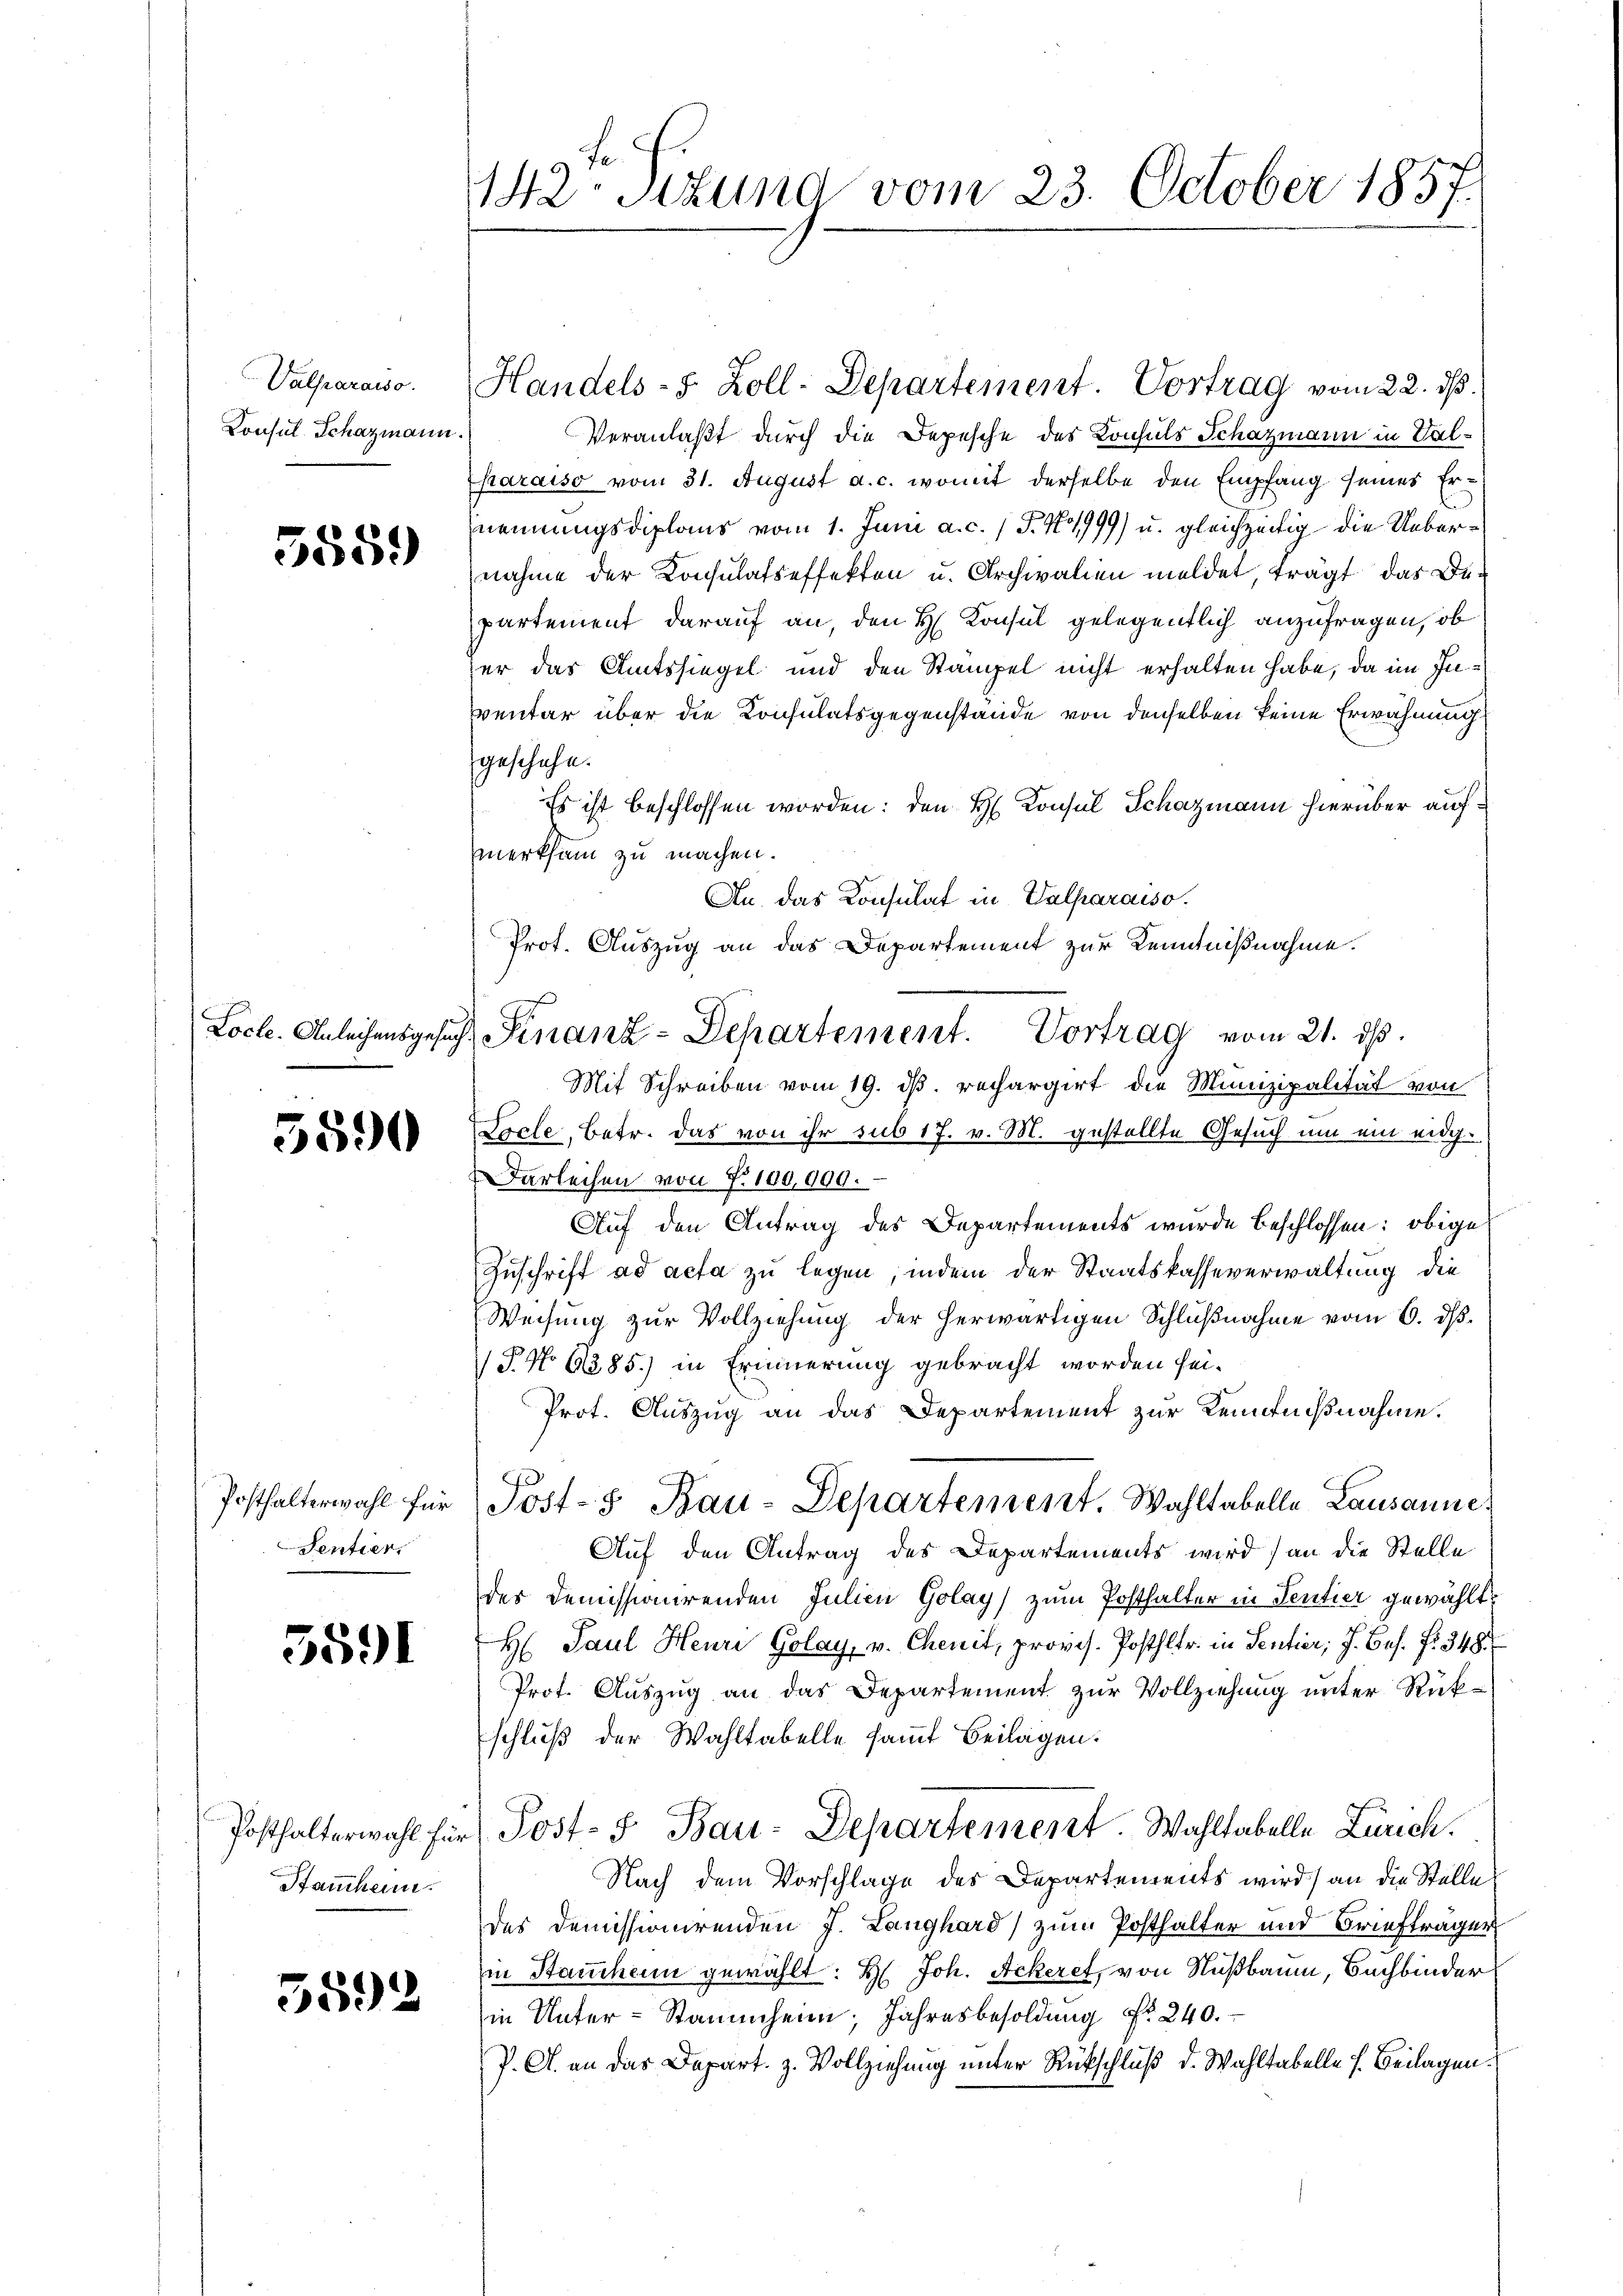
Valparaiso
Konsul Schazmann.

5559

5590

Sentier

3891

Stammheim.

5892

142. Stund vom 23. October 1857.

Handels-8 Zoll-Departement. Vortrag vom 22. ds.
Veranlaßt durch die Depesche des Konsuls Schazmann in Val¬
Charaiso vom 31. August a. c. womit derselbe den Empfang seines Ernennungsdiplaus vom 1. Juni a. c. 1 S. 11999) u. gleichzeitig die Uebernahme der Konsulatseffekten u. Archivalien meldet, trägt das Departement darauf an, den H. Konsul gelegentlich anzufragen, ob
er das Amtssiegel und den Stämpel nicht erhalten habe, da im In¬
Eventar über die Konsulatsgegenstände von denselben keine Erwähnung
geschehe.
Es ist beschlossen worden: den H. Konsul Schazmann hierüber aufmerksam zu machen.
An das Konsulat in Valparaiso
Prot. Auszug an das Departement zur Kenntnißnahme.
Mit Schreiben vom 19. ds. rechargirt die Munizipalität von
.
rcle, Betr. das von ihr sub 17. v. M. gestellte Gesuch um ein eidg.
arleihen von 7. 100,000.
Auf den Antrag des Departements wurde beschlossen: obige
Zuschrift ad acta zu legen, indem der Staatskasseverwaltung die
Weisung zur Vollziehung der herwärtigen Schlußnahme vom 6. d.
 P. No 6385.) in Erinnerung gebracht worden sei¬
Prot. Auszug an das Departement zur Zeugnißnahme.
Posthalterwahl für Post- Bau-Departement. Wahltabelle Lausanne,
Auf den Antrag des Departements wird) an die Stelle
des Demissionirenden Julieu Golay) zum Posthalter in Sentier gewählt:
H: Paul Heure Golay, v. Chenit, provis. Posthltr. in Sentier; J. bes. f. 348.
Prot. Auszug an das Departement zur Vollziehung unter Rükschluß der Wahltabelle sammt Beilagen.
Posthalterwahl für Post- u Bau-Departement. Wahltabelle Zürich.
Nach dem Vorschlage des Departements wird) an die Stelle
des Demissionirenden J. Langhard zum Posthalter und Briefträger
in Stauchen gewählt: H. Joh. Ackeret, von Nußbaum, Bachbinder
in Unter-Stammheim, Jahresbesoldung Nr. 240.
P. A. an das Depart. z. Vollziehung unter Rückschluß d. Wahltabelle s. Beilagen.

Locle. Anleihensgesŭch Finanz-Departement. Vortrag vom 21. dβ.